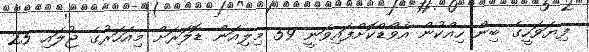
ފިޔަވަހީގެ ބިން ހިއްކުން އެވޯޑްކޮށްފައިވަނީ 59 މިލިއަން ޑޮލަރަށް މިއަހަރުގެ ޖުލައި 25